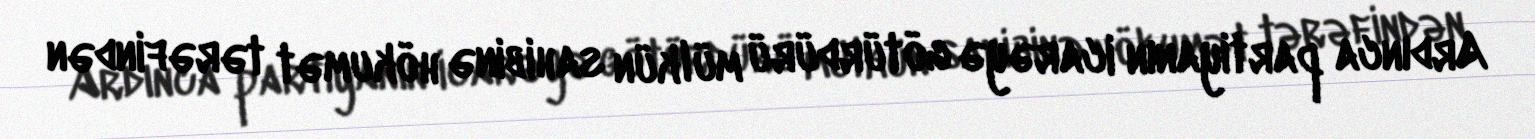
Ardınca partiyanın icarəyə götürdürü mülkün sahibinə hökumət tərəfindən